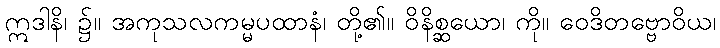
ဣဒါနိ၊ ၌။ အကုသလကမ္မပထာနံ၊ တို့၏။ ဝိနိစ္ဆယော၊ ကို။ ဝေဒိတဗ္ဗောဝိယ၊